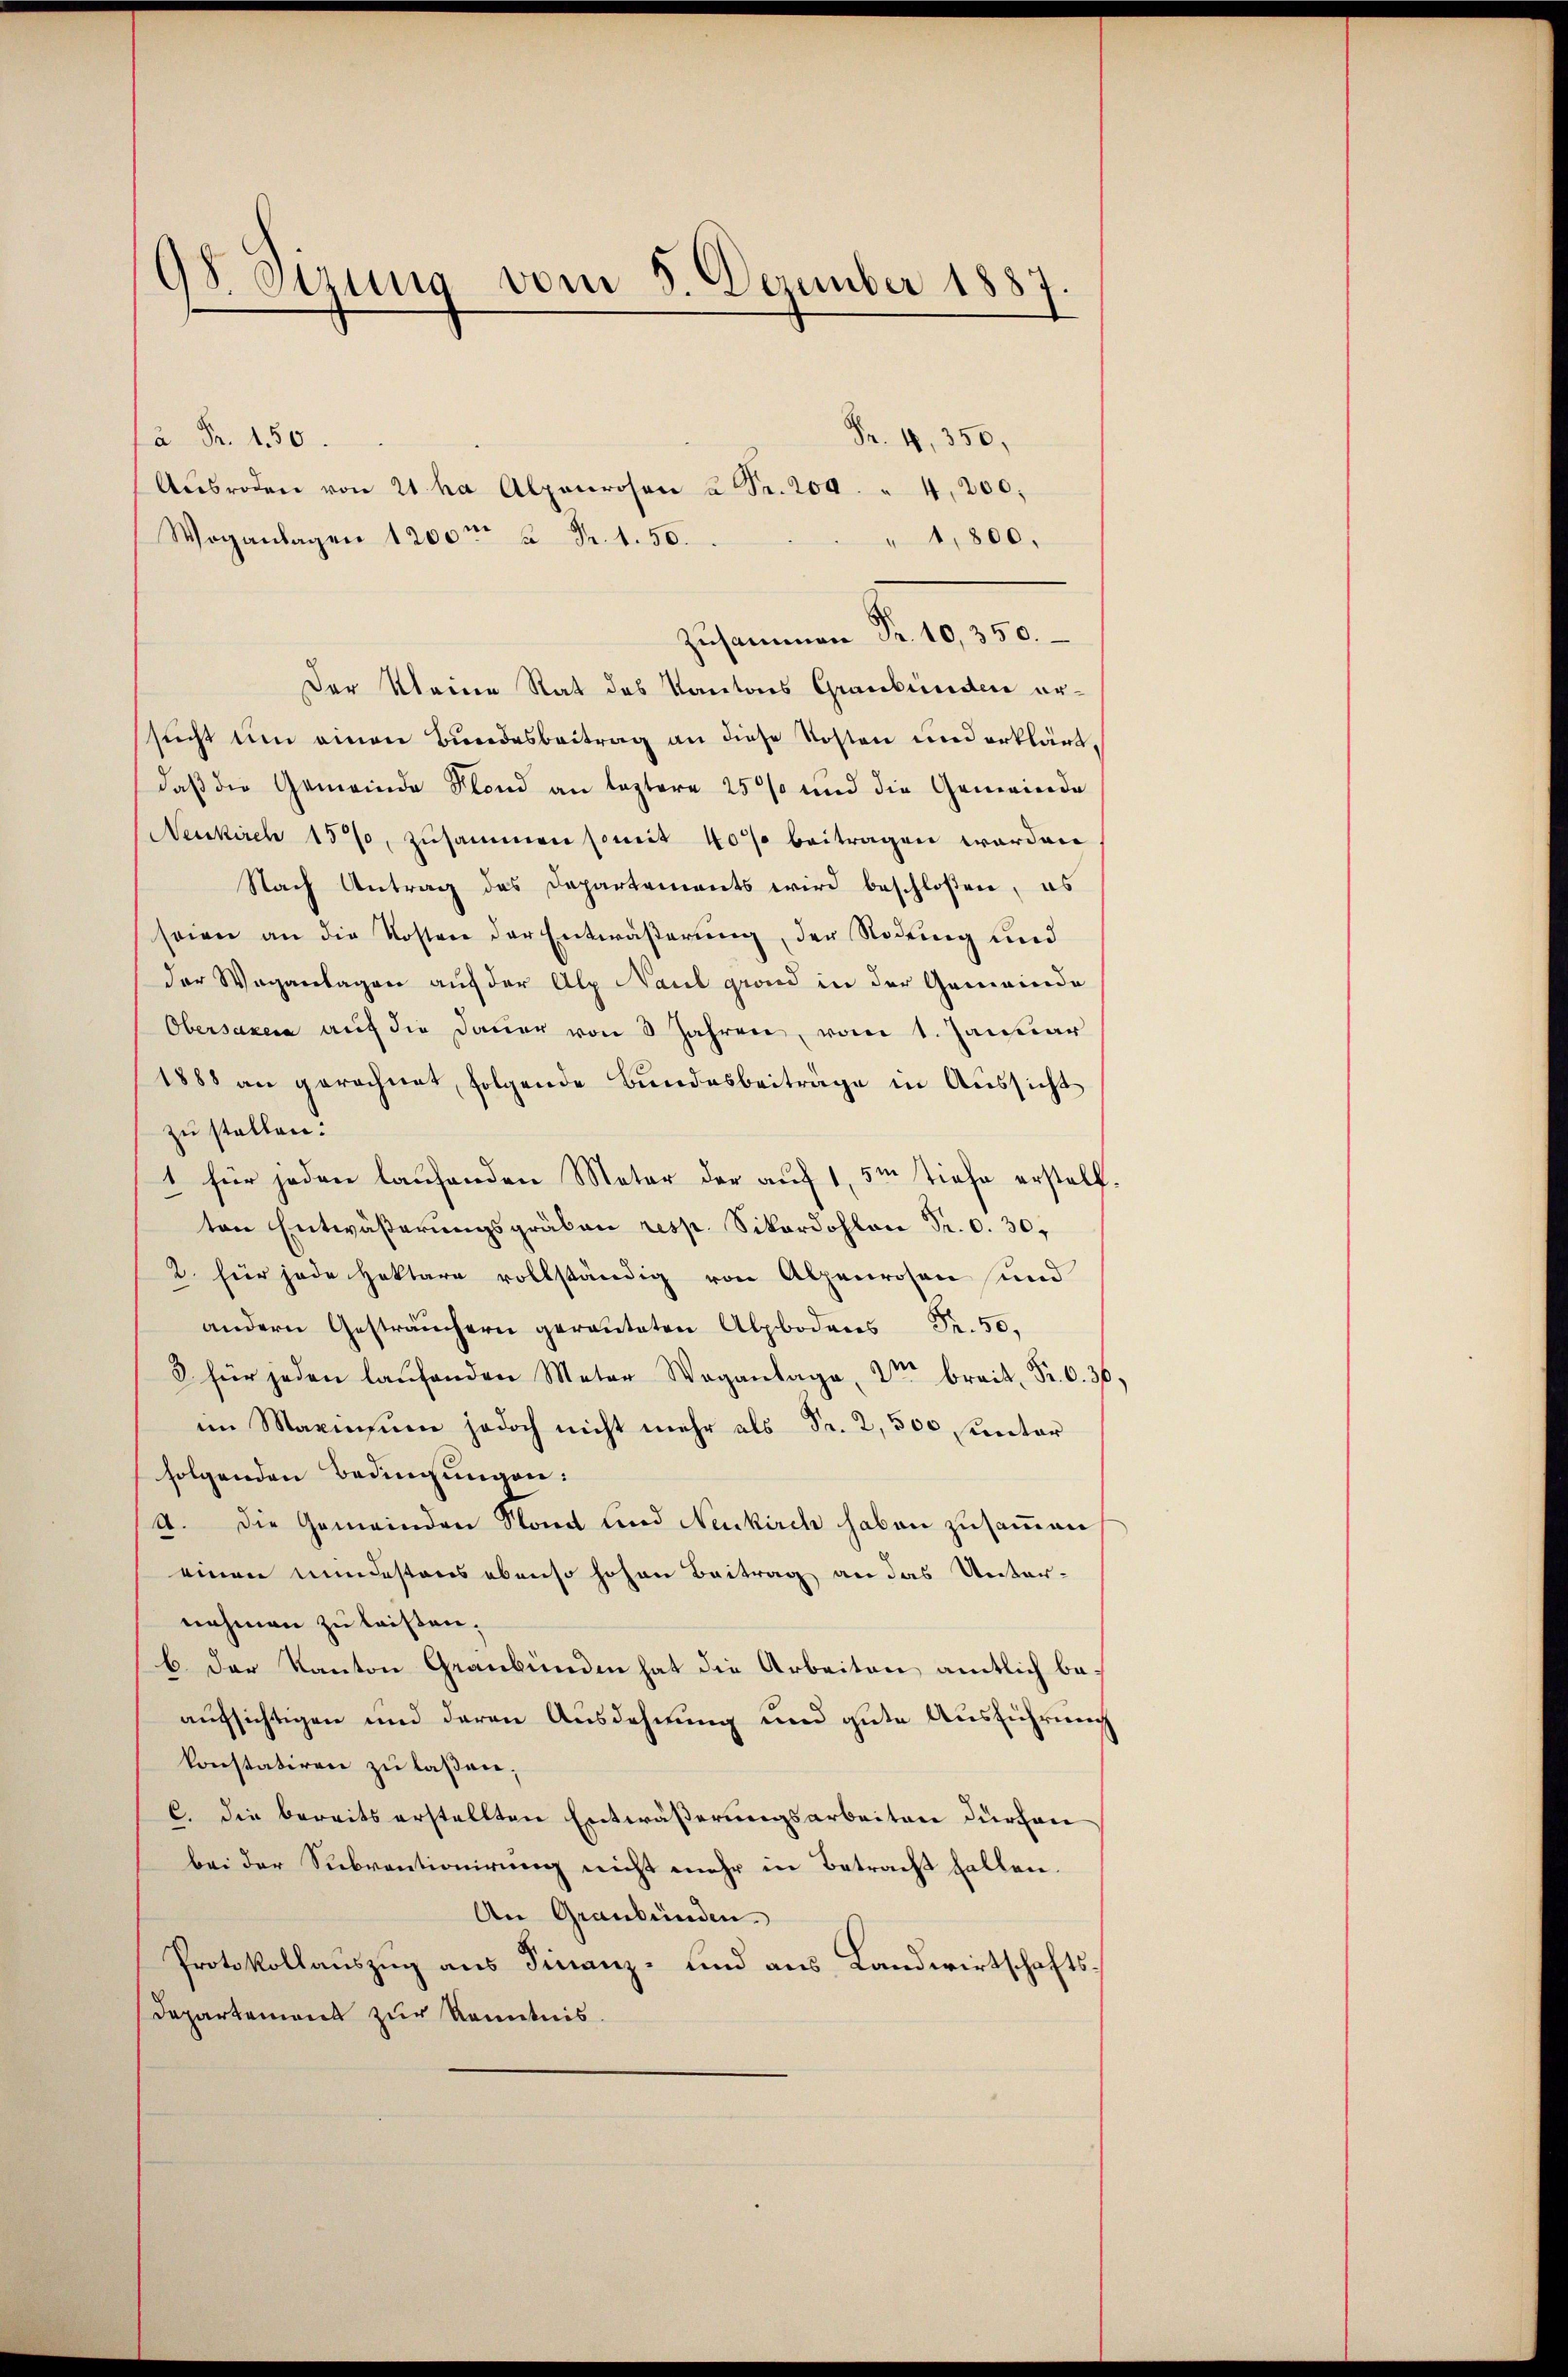
98. Sirung vom 5. Dezember 1887

Fr. 4, 350,
à Fr. 150.
Aŭsroden von 21 ha Alpenrosen u Fr. 204. " 4,200,
Woganlagen 1200m u Fr. 1.50.
" 1,800.
Zusammen Fr. 10,350.
Der Meine Rat des Kantons Graubünden ersucht um einen Bundesbeitrag an diese Kosten und erklärt,
daβ die Gemeinde Fland an leztere 25% und die Gemeinde
Neukirch 15%, zusammen somit 40% beitragen worden
Nach Antrag des Departements wird beschloßen, es
seien an die Kosten der Entwäßerung, der Rodung und
der Weganlagen auf der Alp Naul grand in der Gemeinde
Obersaxe auf die Dauer von 3 Jahren, vom 1. Januar
1888 an gerechnet, folgende Bundesbeitrage in Aussicht
zu stellen:
1 für jeden laufenden Meter der auf 1,5m tiefe erstellten Entwäßerungsgräben resp. Sikardohlen Fr. v. 30.
2. für jede Hoktare vollständig von Alpenrosen und
andern Gesträuchern gerauteten Alpbodens Fr. 50.
2 für jeden
im Marinsum jedoch nicht mehr als Fr. 2,500 sunter
folgenden Bedingungen:
A. Die Gemeinden Stand und Neukirch haben zusammen
einen mindestens ebenso hohen Beitrag an das Unternehmen zu leisen.
b. der Kanton Graubünden hat die Arbeiten amtlich beaufsichtigen und deren Ausdehnung und gute Ausführung
konstatiren zu laßen;
C. die bereits erstellten Entwäßerungsarbeiten dürchen
bei der Subventionirung nicht mehr in Betracht fallen.
An Graubünden.
Protokollauszug aus Finanz- und aus Landwirtschafts¬
Dapartement zur Kenntnis.